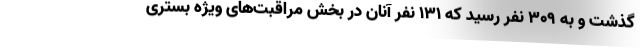
گذشت و به ۳۰۹ نفر رسید که ۱۳۱ نفر آنان در بخش مراقبت‌های ویژه بستری